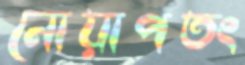
নোয়াপতং